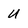
Character: U